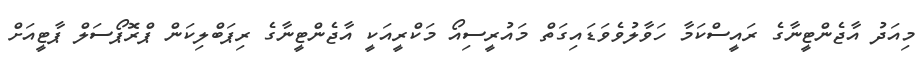
މިއަދު އާޖެންޓީނާގެ ރައީސްކަމާ ހަވާލުވެވަޑައިގަތް މައުރީސިއޯ މަކްރީއަކީ އާޖެންޓީނާގެ ރިޕަބްލިކަން ޕްރޮޕޯސަލް ޕާޓީއަށް